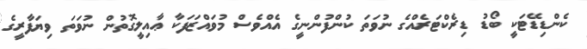
ކެންޑިޑޭޓަކީ ބޯޑު ޑިރެކްޓަރެއްގެ ނުވަތަ ކުންފުންނީގެ އެއްވެސް މުވައްޒަފަކާ ޢާއިލީގޮތުން ނުވަތަ ވިޔަފާރީގެ